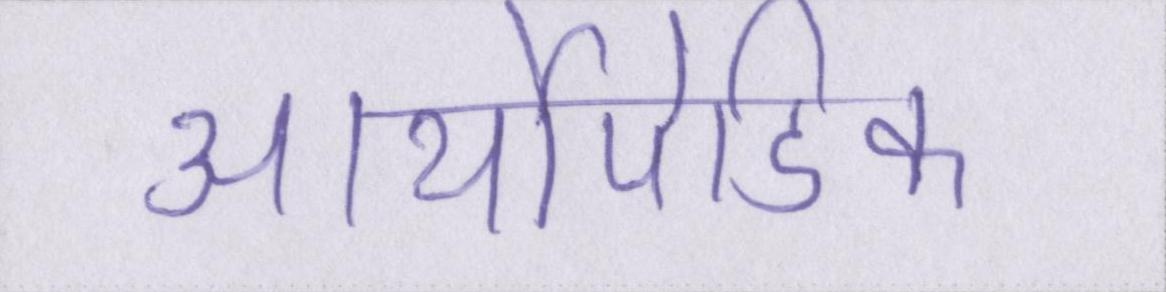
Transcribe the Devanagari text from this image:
आर्थोपेडिक